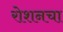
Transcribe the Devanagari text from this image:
रोशनचा